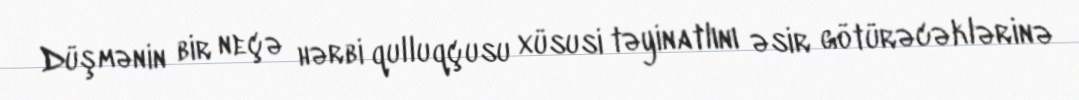
Düşmənin bir neçə hərbi qulluqçusu xüsusi təyinatlını əsir götürəcəklərinə